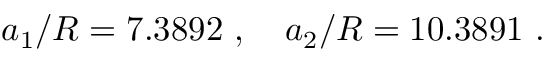
a _ { 1 } / R = 7 . 3 8 9 2 \ , \quad a _ { 2 } / R = 1 0 . 3 8 9 1 \ .